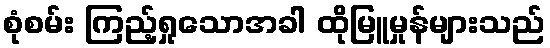
စုံစမ်း ကြည့်ရှုသောအခါ ထိုမြူမှုန်များသည်